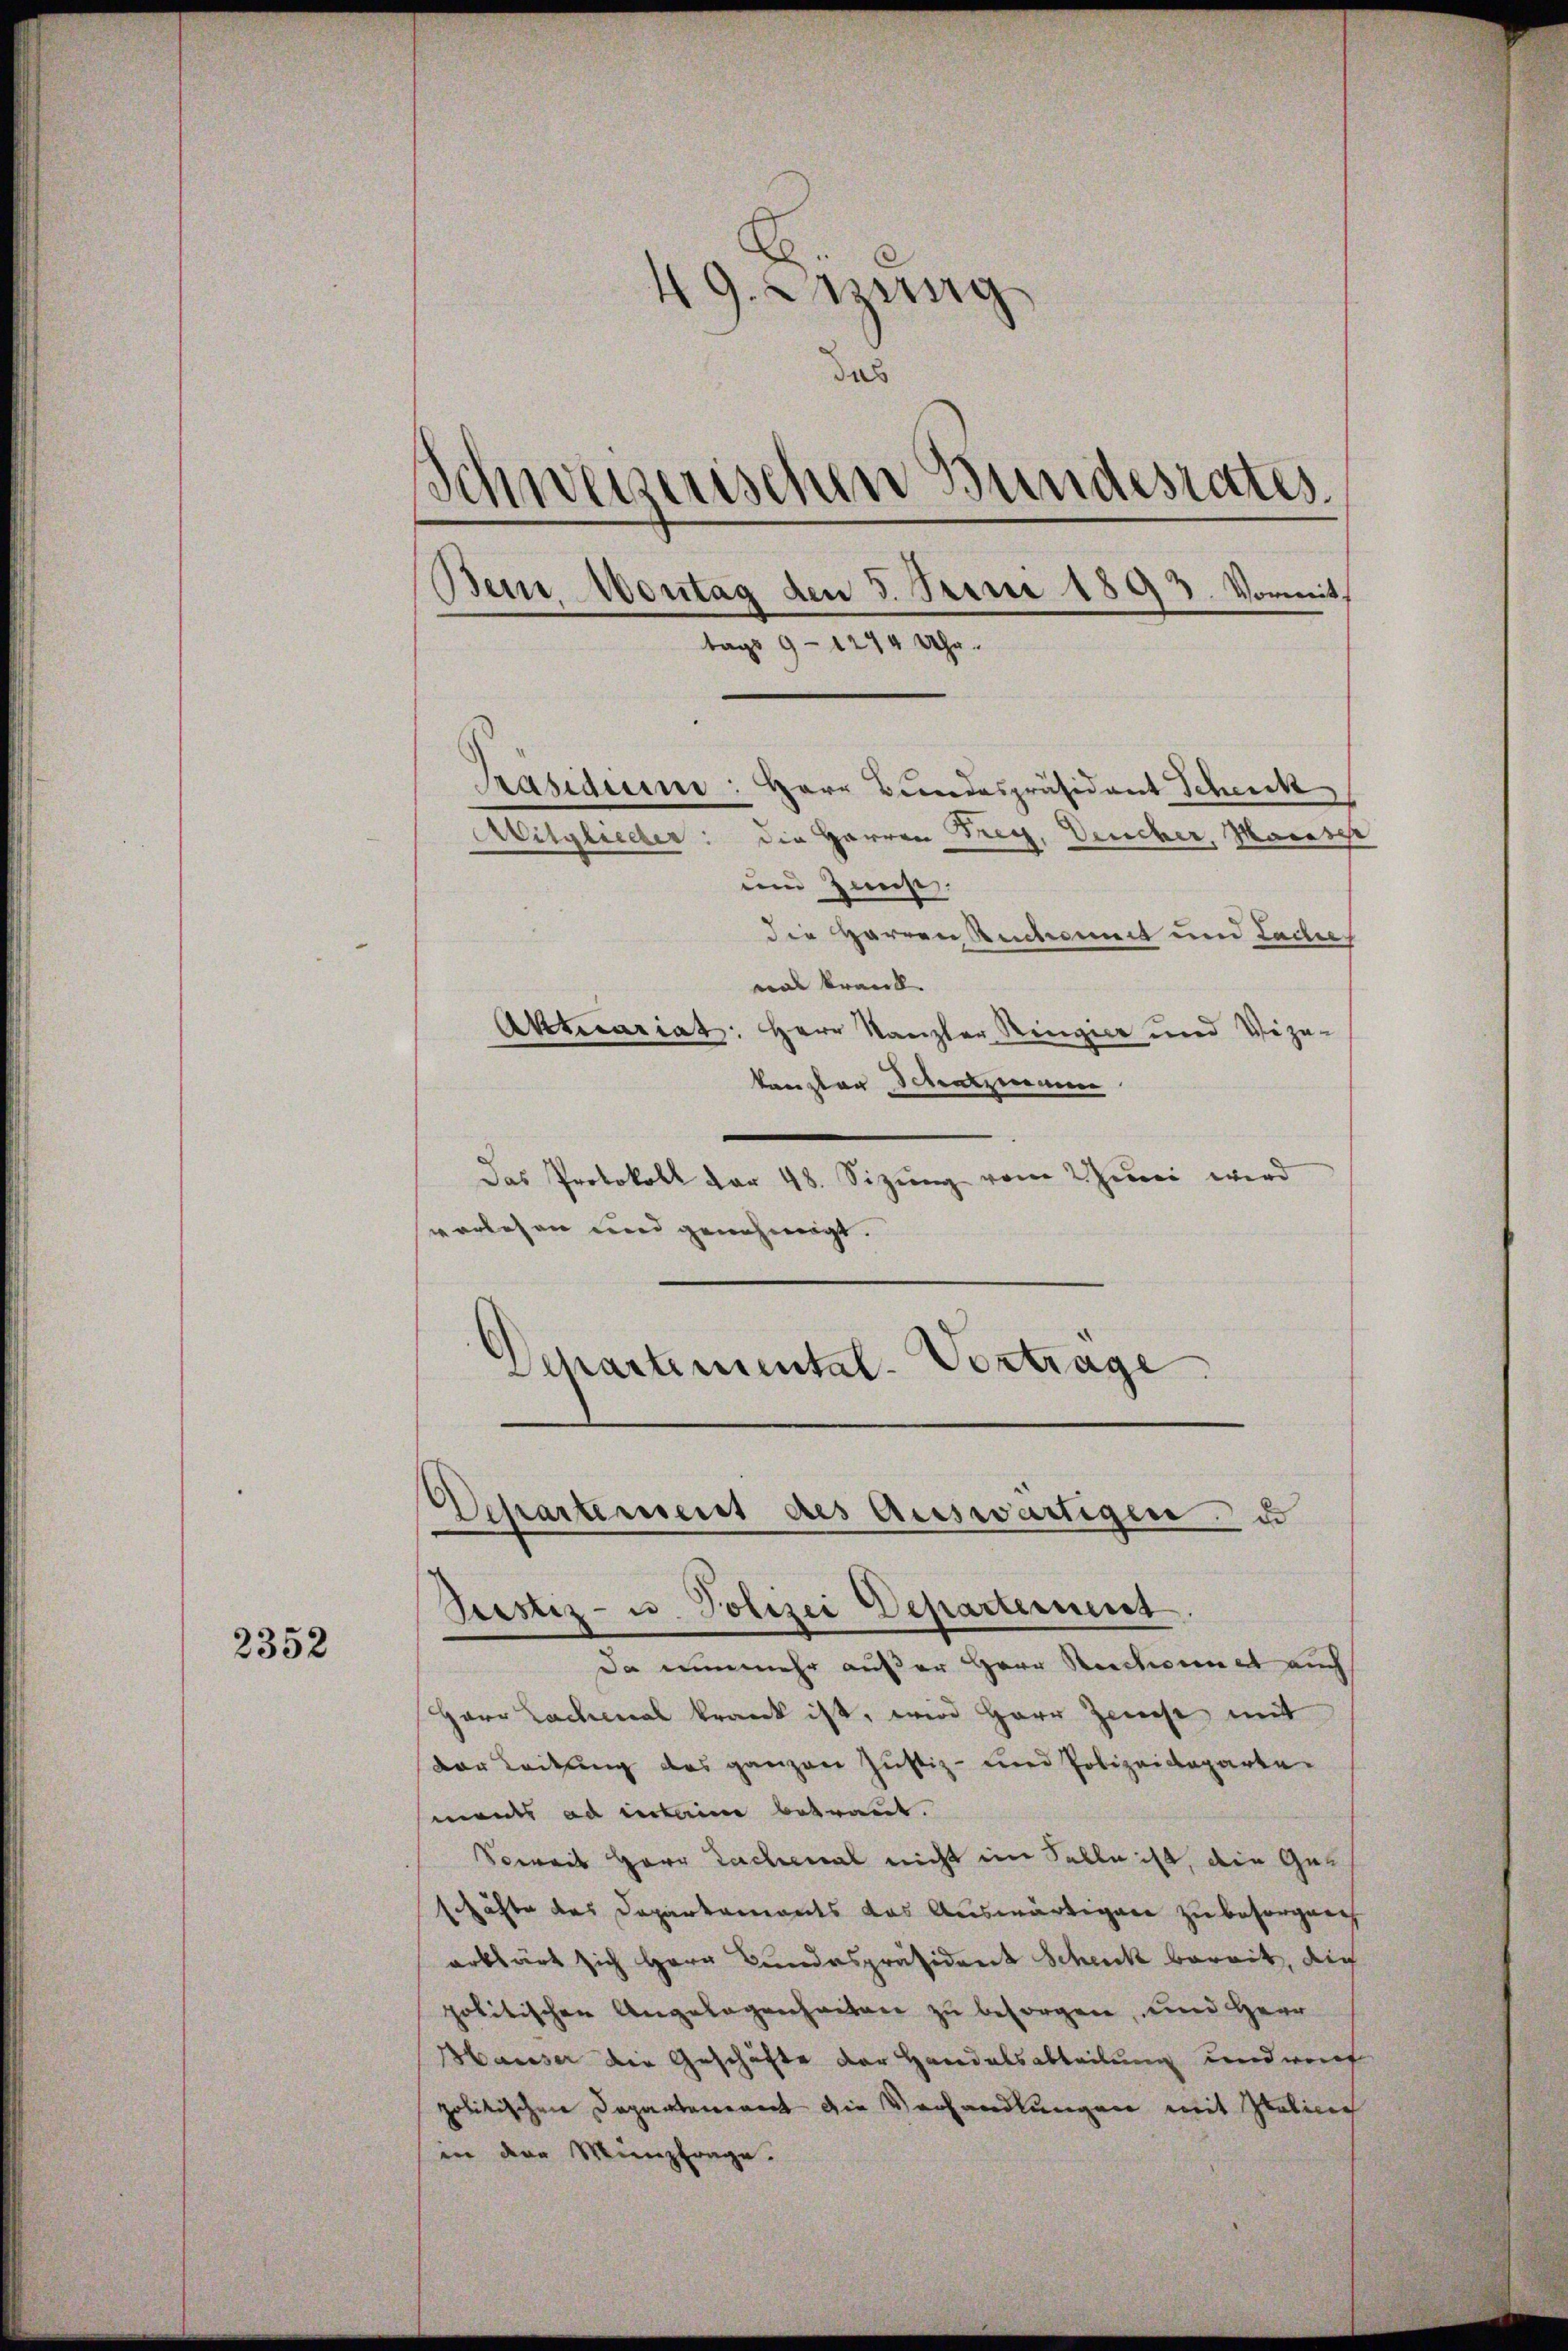
2352

E
49. Sitzung
a
Schweizerischen Bundesrates
Bein. Vontag den 5. Juni 1893. Vormit
tags 9 - 1244 Uhr.
Präsiden: Herr Bundespräsidant Scheick
Mitglieder: die Herren Frey, Deucher, Marasse
und Zinse.
die Herren Rechnet und Lade
wal krank.
Aktecariat: Herr Kanzler Ringer und Vize-
kanzler Schatzun

Das Protokoll der 48. Sizung vom 2 Juni wird
verlesen und genehmigt.
Departemental-Vertrage

Departement des Auswärtigen u
Pristiz- u. Polizei Departement

Da nunmehr außer Herr Reichnet auch
Herr Lachmal krank ist, wird Herr Zwiese, mit
der Leitung des ganzen Justiz- und Polizeidepartemaier ad interim betraut.
Soweit Herr Lachmal nicht im Falle ist, die Geschäfte des Departaments das Auswärtigen zu besorgen
erklärt sich Herr Bundespräsident Schenk bereit, die
politischen Angelegenheiten zu besorgen, und Herr
Hauser die Geschäfte der Handelsabteilung und rech
politischen Departement die Verhandlungen mit Italin
in den Mienzfrage.